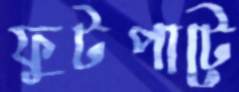
ফুটপাটে